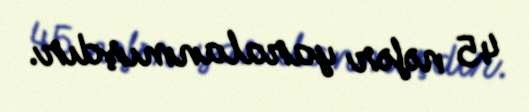
45 nəfər yaralanmışdır.